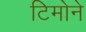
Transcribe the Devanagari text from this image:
टिमोने